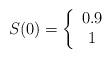
LaTeX: \begin{align*} S(0)=\left\{ \begin{array}{c l} 0.9& \\ 1 & \end{array}\right. \end{align*}